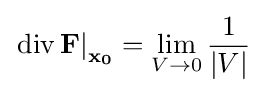
\left.\operatorname {div} \mathbf {F} \right|_{\mathbf {x_{0}} }=\lim _{V\to 0}{\frac {1}{|V|}}